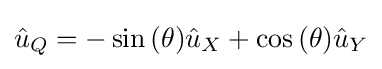
{\hat {u}}_{Q}=-\sin {\left(\theta \right)}{\hat {u}}_{X}+\cos {\left(\theta \right)}{\hat {u}}_{Y}